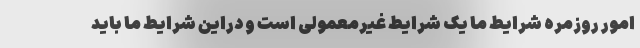
امور روزمره شرایط ما یک شرایط غیرمعمولی است و دراین شرایط ما باید